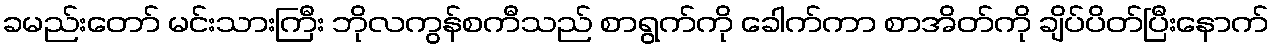
ခမည်းတော် မင်းသားကြီး ဘိုလကွန်စကီသည် စာရွက်ကို ခေါက်ကာ စာအိတ်ကို ချိပ်ပိတ်ပြီးနောက်